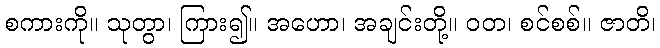
စကားကို။ သုတွာ၊ ကြား၍။ အဟော၊ အချင်းတို့။ ဝတ၊ စင်စစ်။ ဇာတိ၊